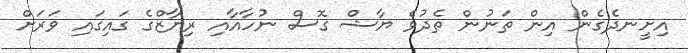
އިށީނދެގެން އިން ތަނުން ތެދުވެ ޔާޝް ގޮސް ނުހާއާއި ރިޔާޒްގެ ގައިގައި ވަރަށް